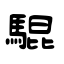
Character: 騉